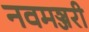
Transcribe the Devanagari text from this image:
नवमञ्जरी